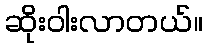
ဆိုးဝါးလာတယ်။